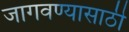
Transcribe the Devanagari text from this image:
जागवण्यासाठी